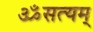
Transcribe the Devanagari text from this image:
ॐसत्यम्